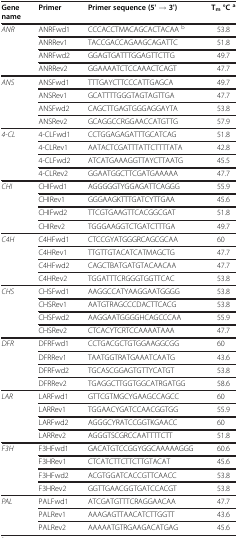
<table><thead><tr><td><b>Gene name</b></td><td><b>Primer</b></td><td><b>Primer sequence (5&#x27; → 3&#x27;)</b></td><td><b>T<sub>m</sub>°C<sup>a</sup></b></td></tr></thead><tbody><tr><td rowspan="4"><i>ANR</i></td><td>ANRFwd1</td><td>CCCACCTMACAGCACTACAA <sup>b</sup></td><td>53.8</td></tr><tr><td>ANRRev1</td><td>TACCGACCAGAAGCAGATTC</td><td>51.8</td></tr><tr><td>ANRFwd2</td><td>GGAGTGATTTGGAGTTCTTG</td><td>49.7</td></tr><tr><td>ANRRev2</td><td>GGAAAATCTCCAAACTCAGT</td><td>47.7</td></tr><tr><td rowspan="4"><i>ANS</i></td><td>ANSFwd1</td><td>TTTGAYCTTCCCATTGAGCA</td><td>49.7</td></tr><tr><td>ANSRev1</td><td>GCATTTTGGGTAGTAGTTGA</td><td>47.7</td></tr><tr><td>ANSFwd2</td><td>CAGCTTGAGTGGGAGGAYTA</td><td>53.8</td></tr><tr><td>ANSRev2</td><td>GCAGGCCRGGAACCATGTTG</td><td>57.9</td></tr><tr><td rowspan="4"><i>4-CL</i></td><td>4-CLFwd1</td><td>CCTGGAGAGATTTGCATCAG</td><td>51.8</td></tr><tr><td>4-CLRev1</td><td>AATACTCGATTTATTCTTTTATA</td><td>42.8</td></tr><tr><td>4-CLFwd2</td><td>ATCATGAAAGGTTAYCTTAATG</td><td>45.5</td></tr><tr><td>4-CLRev2</td><td>GGAATGGCTTCGATGAAAAA</td><td>47.7</td></tr><tr><td rowspan="4"><i>CHI</i></td><td>CHIFwd1</td><td>AGGGGGTYGGAGATTCAGGG</td><td>55.9</td></tr><tr><td>CHIRev1</td><td>GGGAAGKTTTGATCYTTGAA</td><td>45.6</td></tr><tr><td>CHIFwd2</td><td>TTCGTGAAGTTCACGGCGAT</td><td>51.8</td></tr><tr><td>CHIRev2</td><td>TGGGAAGGTCTGATCTTTGA</td><td>49.7</td></tr><tr><td rowspan="4"><i>C4H</i></td><td>C4HFwd1</td><td>CTCCGYATGGGRCAGCGCAA</td><td>60</td></tr><tr><td>C4HRev1</td><td>TTGTTGTACATCATMAGCTG</td><td>47.7</td></tr><tr><td>C4HFwd2</td><td>CAGCTBATGATGTACAACAA</td><td>47.7</td></tr><tr><td>C4HRev2</td><td>TGGATTTCRGGGTGGTTCAC</td><td>53.8</td></tr><tr><td rowspan="4"><i>CHS</i></td><td>CHSFwd1</td><td>AAGGCCATYAAGGAATGGGG</td><td>53.8</td></tr><tr><td>CHSRev1</td><td>AATGTRAGCCCDACTTCACG</td><td>53.8</td></tr><tr><td>CHSFwd2</td><td>AAGGAATGGGGHCAGCCCAA</td><td>55.9</td></tr><tr><td>CHSRev2</td><td>CTCACYTCRTCCAAAATAAA</td><td>47.7</td></tr><tr><td rowspan="4"><i>DFR</i></td><td>DFRFwd1</td><td>CCTGACGCTGTGGAAGGCGG</td><td>60</td></tr><tr><td>DFRRev1</td><td>TAATGGTRATGAAATCAATG</td><td>43.6</td></tr><tr><td>DFRFwd2</td><td>TGCASCGGAGTGTTYCATGT</td><td>53.8</td></tr><tr><td>DFRRev2</td><td>TGAGGCTTGGTGGCATRGATGG</td><td>58.6</td></tr><tr><td rowspan="4"><i>LAR</i></td><td>LARFwd1</td><td>GTTCGTMGCYGAAGCCAGCC</td><td>60</td></tr><tr><td>LARRev1</td><td>TGGAACYGATCCAACGGTGG</td><td>55.9</td></tr><tr><td>LARFwd2</td><td>AGGGCYRATCCGGTKGAACC</td><td>60</td></tr><tr><td>LARRev2</td><td>AGGGTSCGRCCAATTTTCTT</td><td>51.8</td></tr><tr><td rowspan="4"><i>F3H</i></td><td>F3HFwd1</td><td>GACATGTCCGGYGGCAAAAAGGG</td><td>60.6</td></tr><tr><td>F3HRev1</td><td>CTCATCTTCTTCTTGTACAT</td><td>45.6</td></tr><tr><td>F3HFwd2</td><td>ACGTGGATCACCGTTCAACC</td><td>53.8</td></tr><tr><td>F3HRev2</td><td>GGTTGAACGGTGATCCACGT</td><td>53.8</td></tr><tr><td rowspan="3"><i>PAL</i></td><td>PALFwd1</td><td>ATCGATGTTTCRAGGAACAA</td><td>47.7</td></tr><tr><td>PALRev1</td><td>AAAGAGTTAACATCTTGGTT</td><td>43.6</td></tr><tr><td>PALRev2</td><td>AAAAATGTRGAAGACATGAG</td><td>45.6</td></tr></tbody></table>